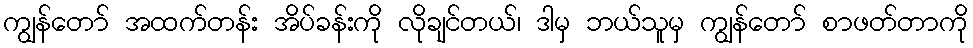
ကျွန်တော် အထက်တန်း အိပ်ခန်းကို လိုချင်တယ်၊ ဒါမှ ဘယ်သူမှ ကျွန်တော် စာဖတ်တာကို